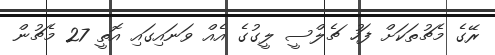
ރޭގެ މެޗުތަކަށް ފަހު ޗެލްސީ ލީގުގެ އެއް ވަނައިގައި އޮތީ 27 މެޗުން